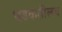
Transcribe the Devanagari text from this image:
धडकतीलच